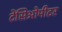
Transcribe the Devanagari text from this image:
टेंसिओमीटर